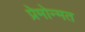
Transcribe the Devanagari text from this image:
प्रेमोन्मत